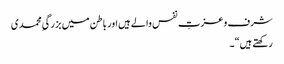
شرف و عزتِ نفس والے ہیں اور باطن میں بزرگیِ محمدی
رکھتے ہیں“۔